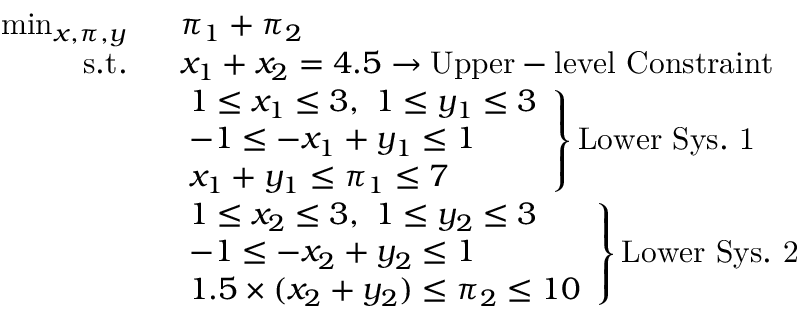
\begin{array} { r l } { \operatorname* { m i n } _ { x , \pi , y } \ } & { \ \pi _ { 1 } + \pi _ { 2 } } \\ { \mathrm { s . t . } \ } & { \ x _ { 1 } + x _ { 2 } = 4 . 5 \rightarrow \mathrm { U p p e r - l e v e l ~ C o n s t r a i n t } } \\ & { \left. \begin{array} { l } { 1 \leq x _ { 1 } \leq 3 , \ 1 \leq y _ { 1 } \leq 3 } \\ { - 1 \leq - x _ { 1 } + y _ { 1 } \leq 1 } \\ { x _ { 1 } + y _ { 1 } \leq \pi _ { 1 } \leq 7 } \end{array} \right\} \mathrm { L o w e r ~ S y s . ~ 1 } } \\ & { \left. \begin{array} { l } { 1 \leq x _ { 2 } \leq 3 , \ 1 \leq y _ { 2 } \leq 3 } \\ { - 1 \leq - x _ { 2 } + y _ { 2 } \leq 1 } \\ { 1 . 5 \times ( x _ { 2 } + y _ { 2 } ) \leq \pi _ { 2 } \leq 1 0 } \end{array} \right\} \mathrm { L o w e r ~ S y s . ~ 2 } } \end{array}